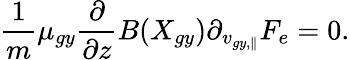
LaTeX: \frac{1}{m}\mu_{gy}\frac{\partial}{\partial z}B(X_{gy})\partial_{v_{gy,\parallel}}F_{e}=0.